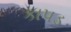
કાપડ